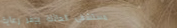
مستشفى العائلة يوفر رعاية